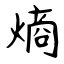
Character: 熵